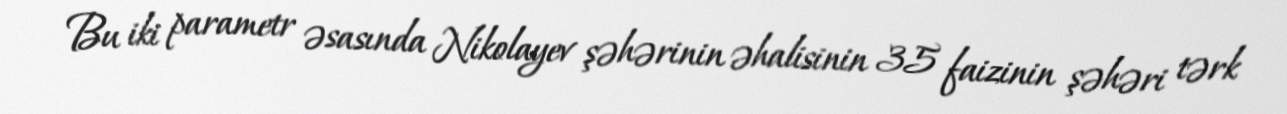
Bu iki parametr əsasında Nikolayev şəhərinin əhalisinin 35 faizinin şəhəri tərk